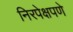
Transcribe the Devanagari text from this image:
निरपेक्षपणे